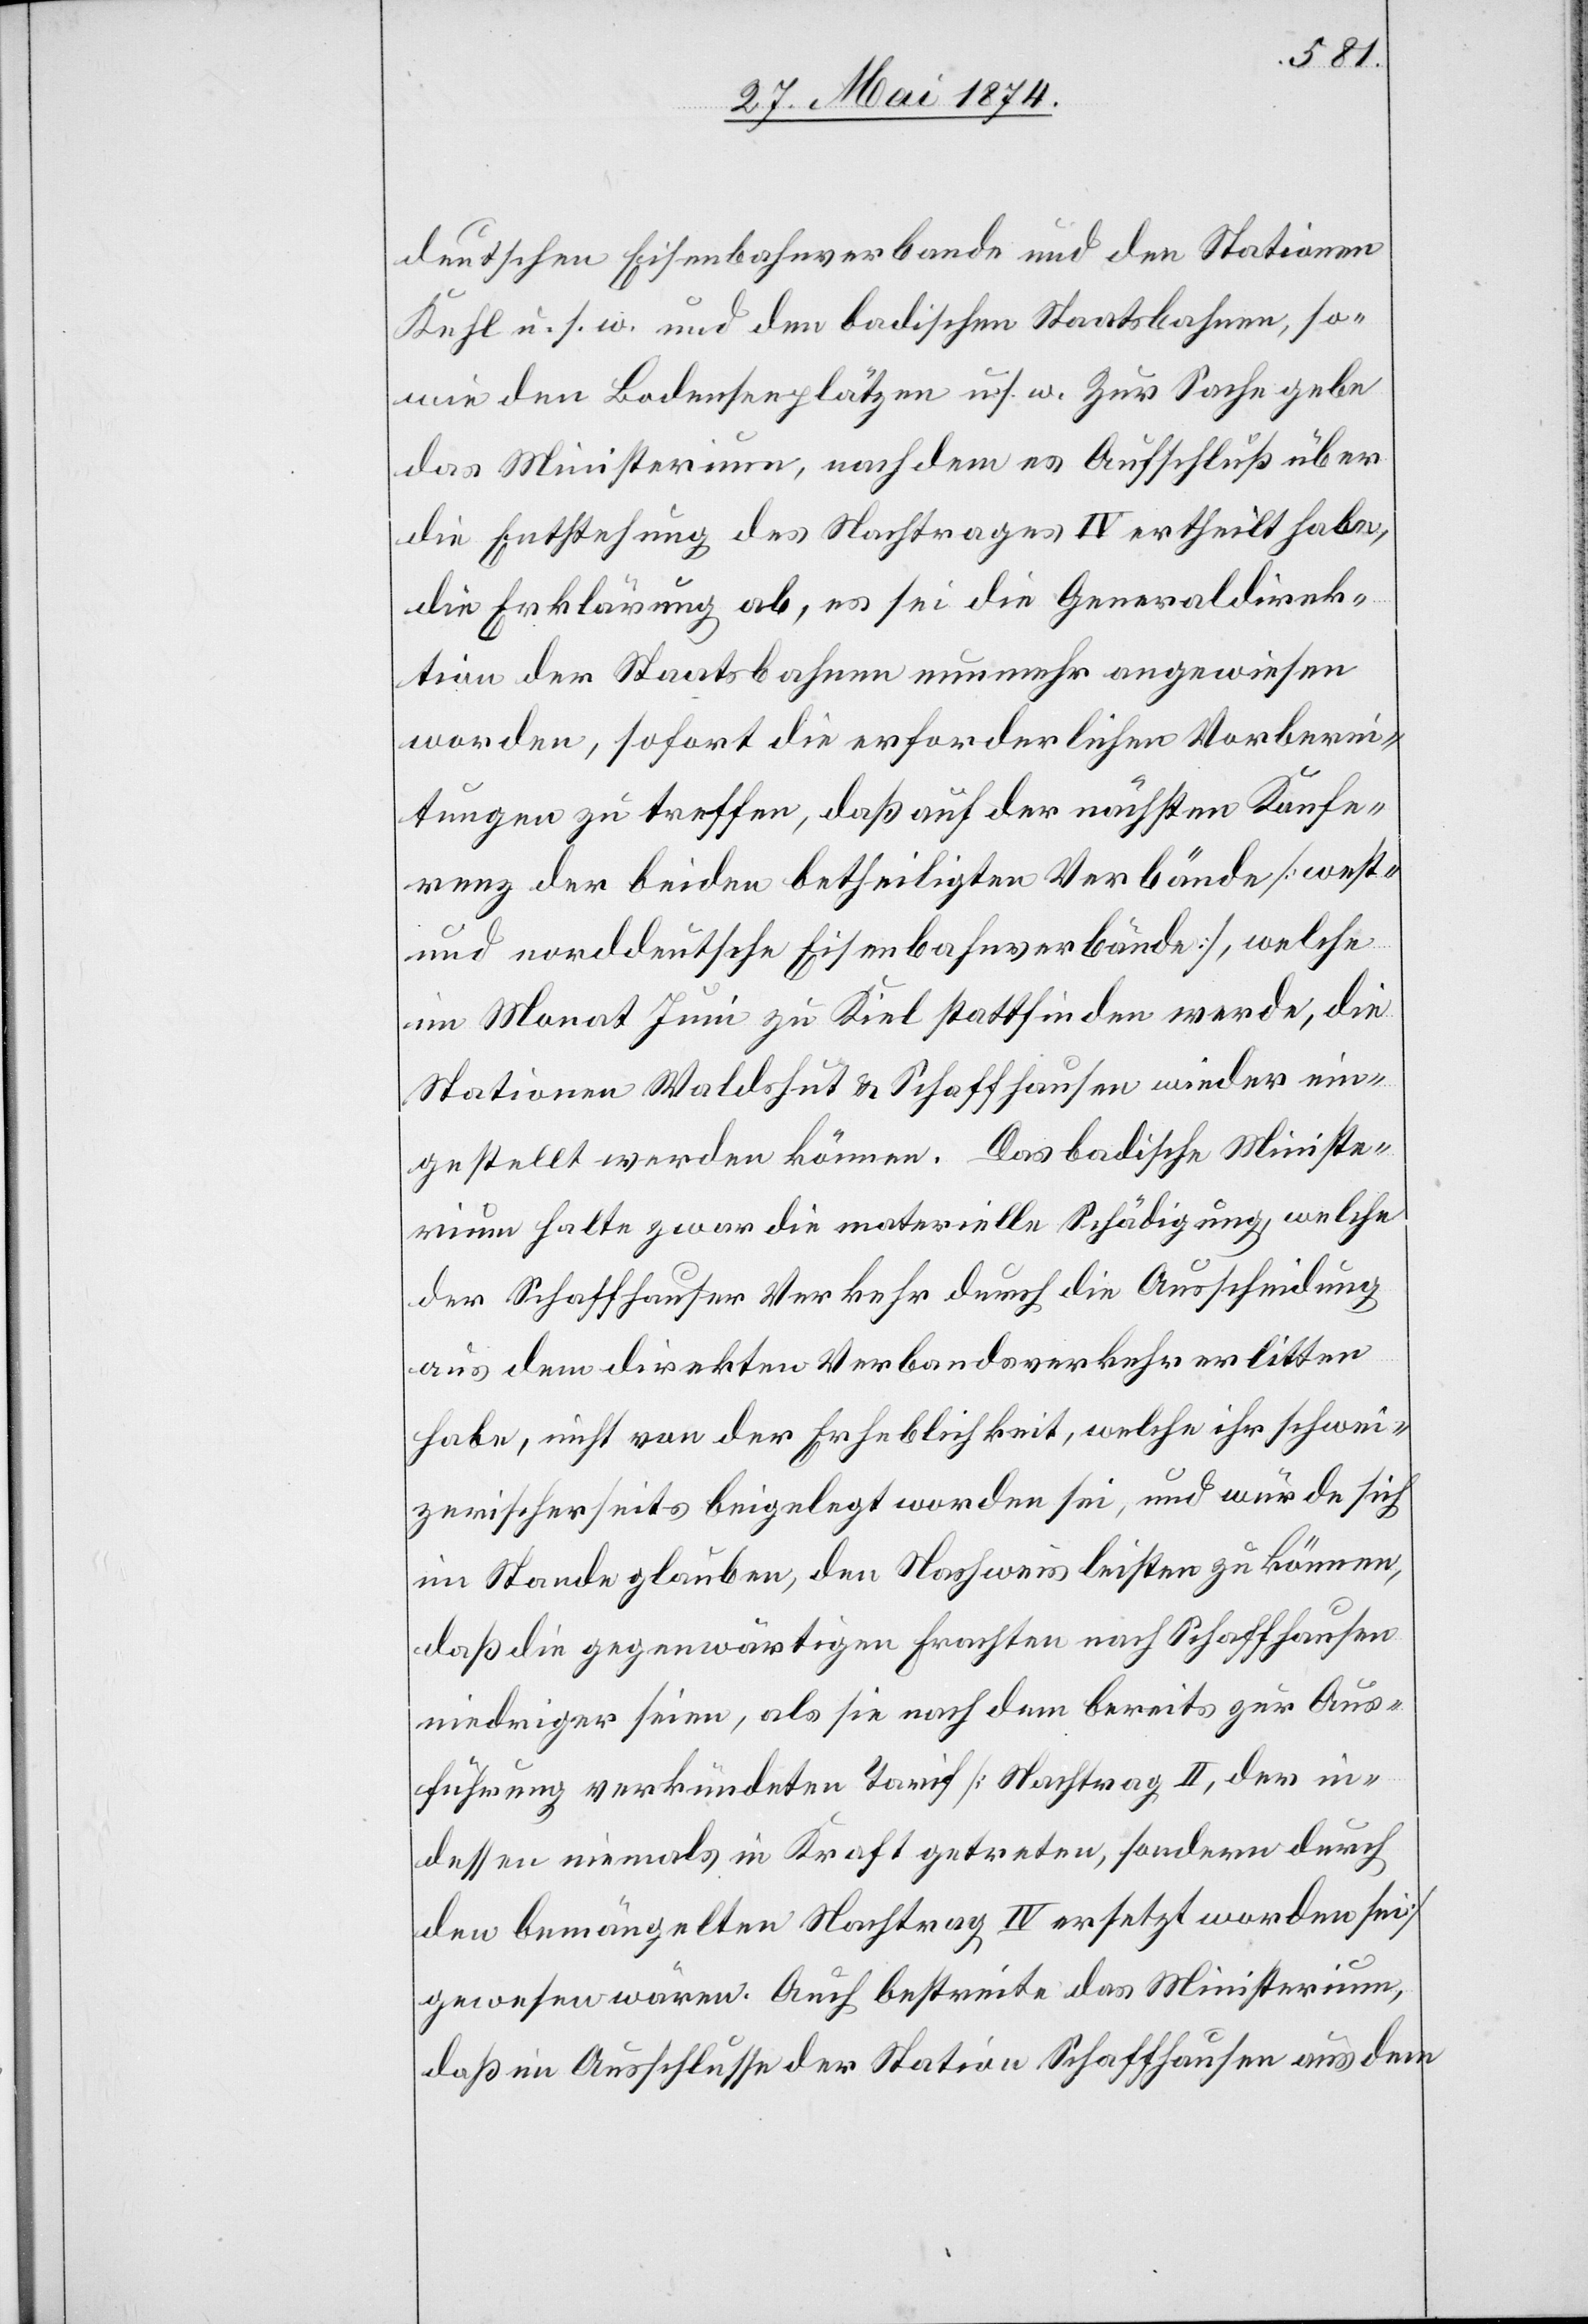
deutschen Eisenbahnverbande und den Stationen
Kehl u. s. w. und den badischen Staatsbahnen, so¬
wie den Bodenseeplätzen u. s. w. Zur Sache gebe
das Ministerium, nach dem es Aufschluß über
die Entstehung des Nachtrages IV ertheilt habe,
die Erklärung ab, es sei die Generaldirek¬
tion der Staatsbahnen nunmehr angewiesen
worden, sofort die erforderlichen Vorberei¬
tungen zu treffen, daß auf der nächsten Konfe¬
renz der beiden betheiligten Verbände [west-
und norddeutsche Eisenbahnverbände], welche
im Monat Juni zu Kiel stattfinden werde, die
Stationen Waldshut u. Schaffhausen wieder ein¬
gestellt werden können. Das badische Ministe¬
rium halte zwar die materielle Schädigung, welche
der Schaffhauser Verkehr durch die Ausscheidung
aus dem direkten Verbandesverkehr erlitten
habe, nicht von der Erheblichkeit, welche ihr schwei¬
zerischerseits beigelegt worden sei, und würde sich
im Stande glauben, den Nachweis leisten zu können,
daß die gegenwärtigen Frachten nach Schaffhausen
niedriger seien, als sie nach dem bereits zur Aus¬
führung verkündeten Tarif [Nachtrag II, der in¬
dessen niemals in Kraft getreten, sondern durch
den bemängelten Nachtrag IV ersetzt worden sei]
gewesen wären. Auch bestreite das Ministerium,
daß ein Ausschlusse der Station Schaffhausen aus dem